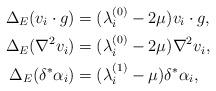
LaTeX: \begin{align*}\Delta_E(v_i\cdot g)&=(\lambda_i^{(0)}-2\mu)v_i\cdot g,\\ \Delta_E(\nabla^2v_i)&=(\lambda_i^{(0)}-2\mu)\nabla^2v_i,\\ \Delta_E(\delta^*\alpha_i)&=(\lambda_i^{(1)}-\mu)\delta^*\alpha_i,\end{align*}